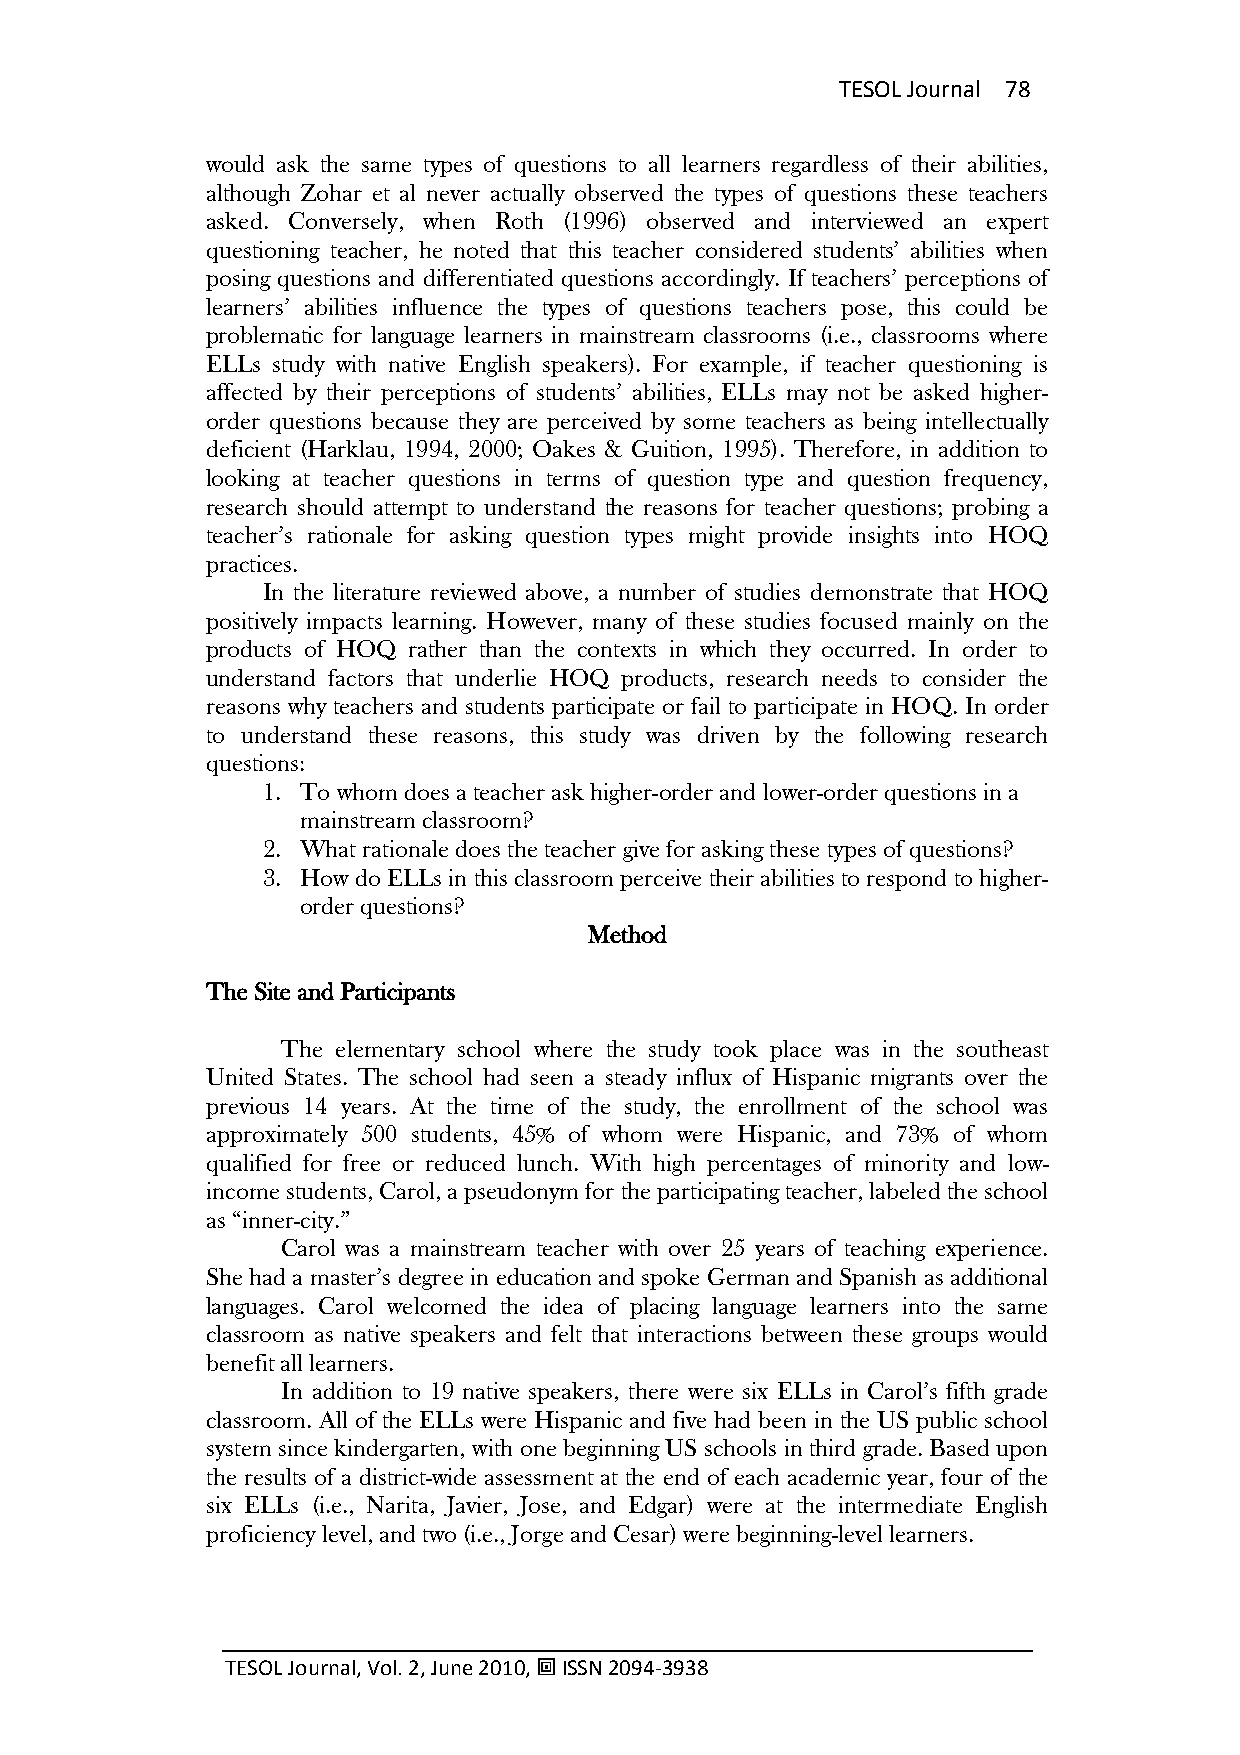
TESOL Journal 78
 would ask the same types of questions to all learners regardless of their abilities,
 although Zohar et al never actually observed the types of questions these teachers
 asked. Conversely, when Roth (1996) observed and interviewed an expert
 questioning teacher, he noted that this teacher considered students‘ abilities when
 posing questions and differentiated questions accordingly. If teachers‘ perceptions of
 learners‘ abilities influence the types of questions teachers pose, this could be
 problematic for language learners in mainstream classrooms (i.e., classrooms where
 ELLs study with native English speakers). For example, if teacher questioning is
 affected by their perceptions of students‘ abilities, ELLs may not be asked higher-
 order questions because they are perceived by some teachers as being intellectually
 deficient (Harklau, 1994, 2000; Oakes & Guition, 1995). Therefore, in addition to
 looking at teacher questions in terms of question type and question frequency,
 research should attempt to understand the reasons for teacher questions; probing a
 teacher‘s rationale for asking question types might provide insights into HOQ
 practices.
 In the literature reviewed above, a number of studies demonstrate that HOQ
 positively impacts learning. However, many of these studies focused mainly on the
 products of HOQ rather than the contexts in which they occurred. In order to
 understand factors that underlie HOQ products, research needs to consider the
 reasons why teachers and students participate or fail to participate in HOQ. In order
 to understand these reasons, this study was driven by the following research
 questions:
 1. To whom does a teacher ask higher-order and lower-order questions in a
 mainstream classroom?
 2. What rationale does the teacher give for asking these types of questions?
 3. How do ELLs in this classroom perceive their abilities to respond to higher-
 order questions?
 Method
 The Site and Participants
 The elementary school where the study took place was in the southeast
 United States. The school had seen a steady influx of Hispanic migrants over the
 previous 14 years. At the time of the study, the enrollment of the school was
 approximately 500 students, 45% of whom were Hispanic, and 73% of whom
 qualified for free or reduced lunch. With high percentages of minority and low-
 income students, Carol, a pseudonym for the participating teacher, labeled the school
 as ―inner-city.‖
 Carol was a mainstream teacher with over 25 years of teaching experience.
 She had a master‘s degree in education and spoke German and Spanish as additional
 languages. Carol welcomed the idea of placing language learners into the same
 classroom as native speakers and felt that interactions between these groups would
 benefit all learners.
 In addition to 19 native speakers, there were six ELLs in Carol‘s fifth grade
 classroom. All of the ELLs were Hispanic and five had been in the US public school
 system since kindergarten, with one beginning US schools in third grade. Based upon
 the results of a district-wide assessment at the end of each academic year, four of the
 six ELLs (i.e., Narita, Javier, Jose, and Edgar) were at the intermediate English
 proficiency level, and two (i.e., Jorge and Cesar) were beginning-level learners.
 TESOL Journal, Vol. 2, June 2010,  ISSN 2094-3938